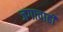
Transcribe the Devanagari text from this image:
जगाचाही